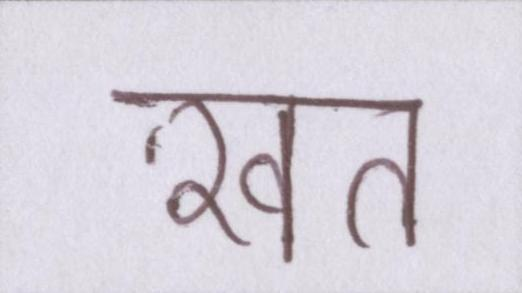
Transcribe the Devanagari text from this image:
ख़त